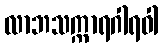
လာဘသက္ကာရဂါရဝါ